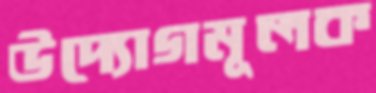
উদ্যোগমূলক